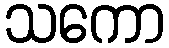
သကော